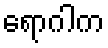
ရောဂါက